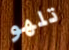
تلهو